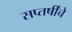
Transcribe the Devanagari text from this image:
सप्तर्षींचे